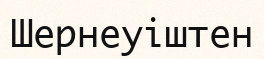
Шернеуіштен